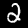
Label: 2